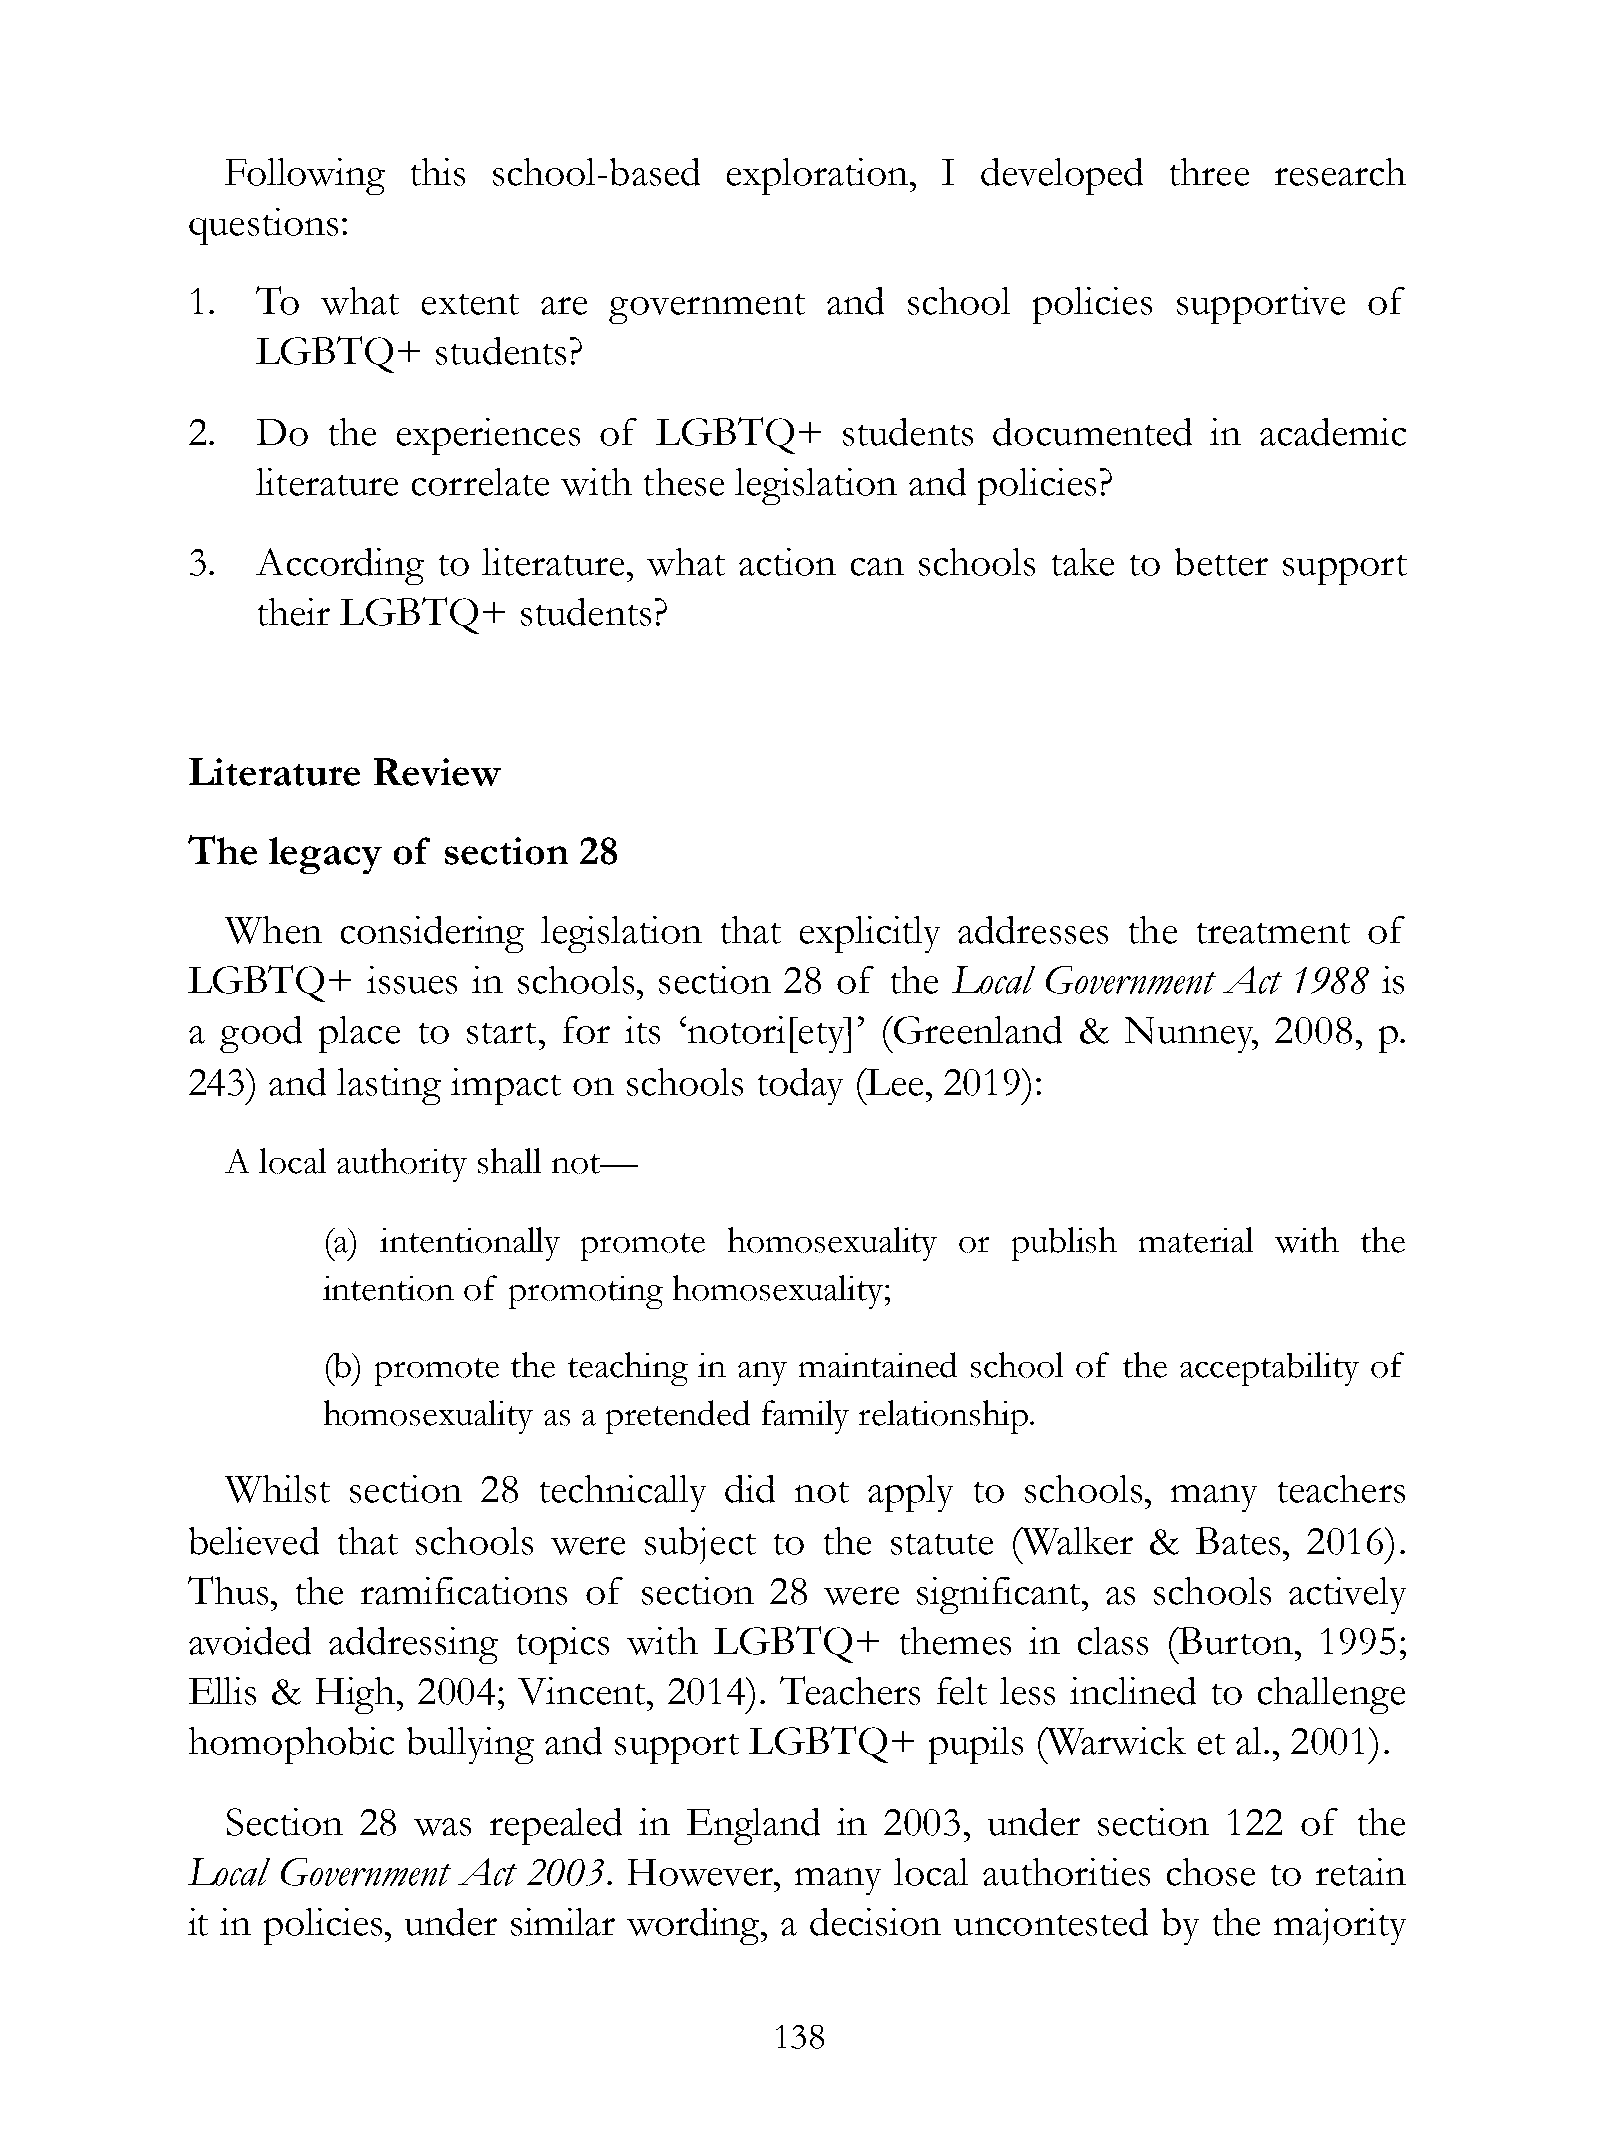
Following   this school-based    exploration,  I  developed   three  research
 questions:
 1.   To  what   extent  are government     and  school  policies  supportive  of
 LGBTQ+      students?
 2.   Do   the experiences   of LGBTQ+       students  documented    in academic
 literature correlate with these legislation and policies?
 3.   According   to literature, what action can  schools  take to better support
 their LGBTQ+     students?
 Literature   Review
 The   legacy  of section  28
 When   considering   legislation that explicitly addresses  the treatment  of
 LGBTQ+      issues in schools,  section 28 of  the Local Government  Act 1988  is
 a  good  place  to start, for its ‘notori[ety]’ (Greenland &  Nunney,   2008,  p.
 243)  and lasting impact  on schools  today  (Lee, 2019):
 A local authority shall not—
 (a) intentionally promote  homosexuality  or  publish material with  the
 intention of promoting  homosexuality;
 (b) promote  the teaching in any maintained school of the acceptability of
 homosexuality  as a pretended family relationship.
 Whilst  section  28  technically did  not apply  to  schools, many   teachers
 believed  that schools  were   subject to the  statute (Walker  &  Bates,  2016).
 Thus,  the  ramifications  of section  28  were  significant, as schools actively
 avoided   addressing  topics  with LGBTQ+      themes   in class (Burton,  1995;
 Ellis &  High,  2004; Vincent,  2014).  Teachers  felt less inclined to challenge
 homophobic     bullying and  support  LGBTQ+     pupils  (Warwick  et al., 2001).
 Section  28 was  repealed  in England   in  2003, under   section 122  of  the
 Local Government  Act  2003. However,    many  local authorities chose  to retain
 it in policies, under similar wording,  a decision uncontested   by the majority
 !138